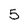
Character: 5